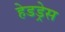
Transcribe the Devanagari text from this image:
हेडड्रेस